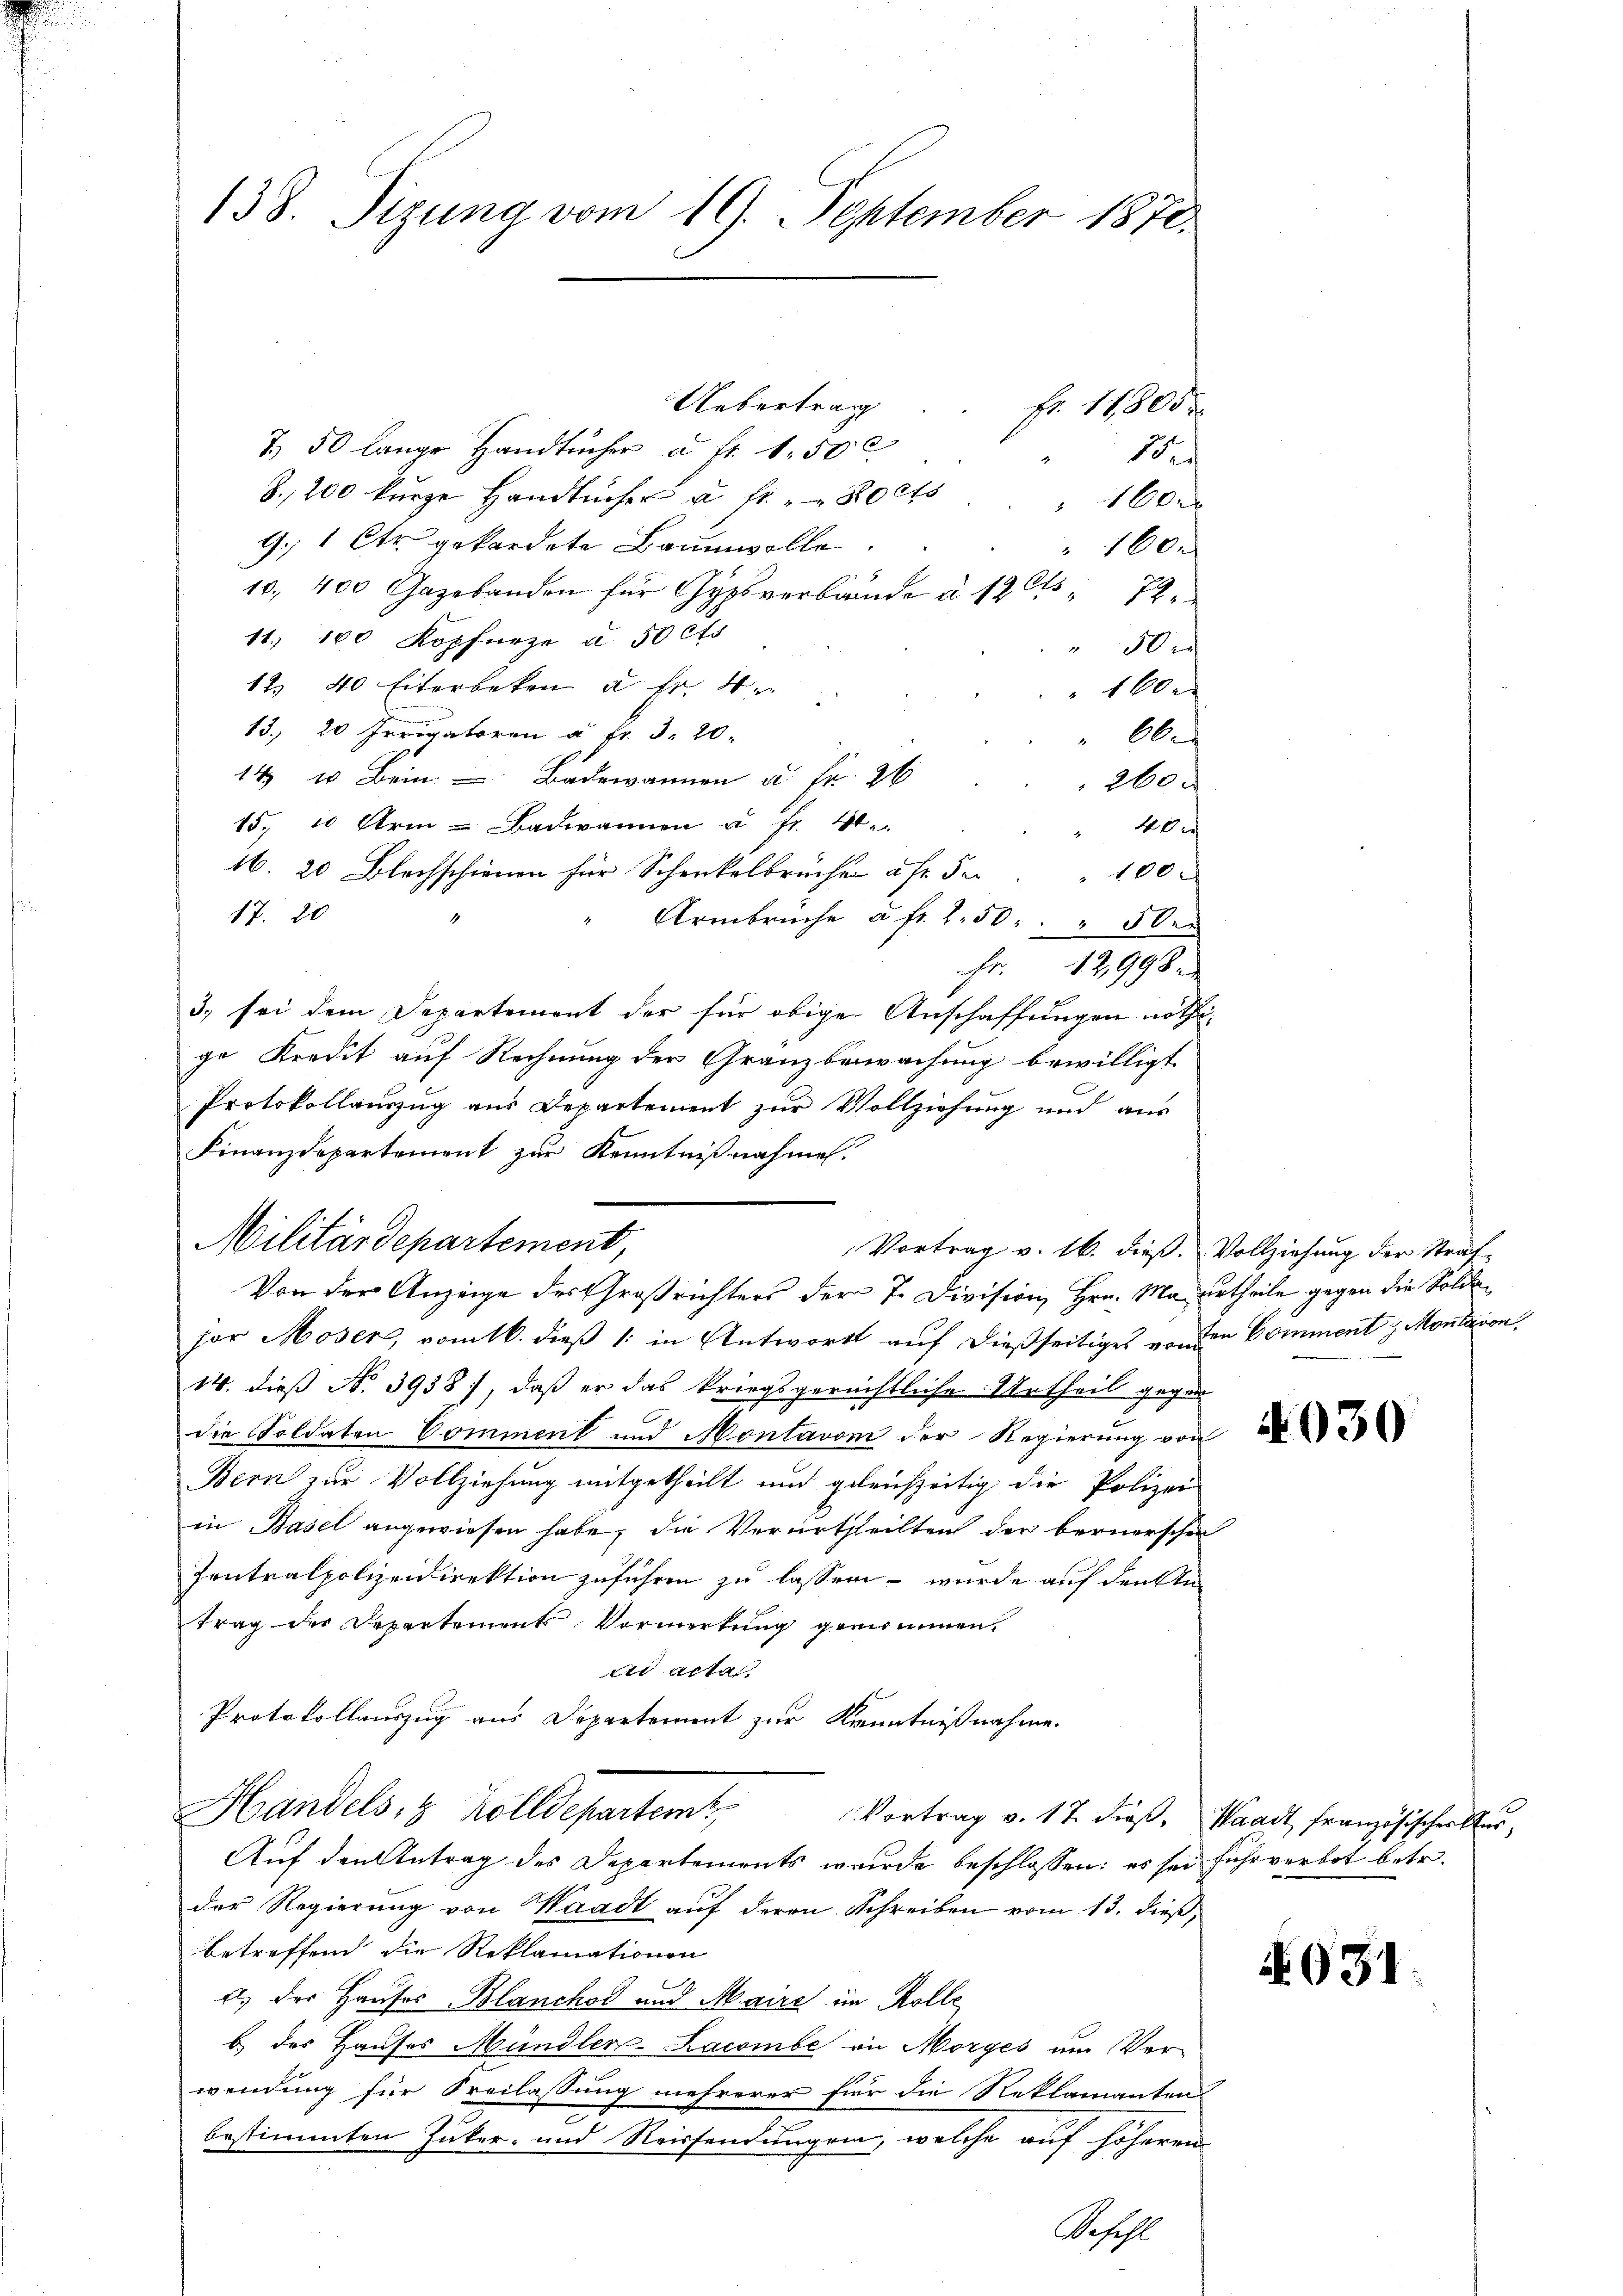
138. Sizung vom 19. September 1870.
Uebertrag
Fr. 11805.
T. 50 lange Handtücher u. fr. 1.50 c
13

Z.,200 kurze Handlicher u. fr. 80 cts
160x
9.  Ctr. gefordete Baumwolle.
160x
10. 400 Gazebanden für Gypsverbaude à 13 t 72
11. 100 Kopfürze à 50 cts
 50 x
12 40 Eiterbeken à Fr. 4
10
13. 20 Irrogatoren u. fr. 3. 20.
66.
14 u Bein Badewannen u. fr. 26
260 x
15. 10 Arm - Badeannen u. fr. 40.
40 x
16. 20 Blochschienen für Schenkelbrüche uf der
100.
17. 20
Armbrüche a fr. 2.50 " 50
Fr. 12998.
3. sei dem Departement der für obige Anschaffungen nöthige Kredit auf Rechnung der Gränzbeswachung bewilligt
Protokollauszug aus Departement zur Vollziehung und aus
Finanzdepartement zur Kenntnißnahmen.
sor Moser, vomtk. dieß 1: in Antwort auf dießseitiges von den Comment z. Montavon,
14. dieß No 3938), daß er das kriegsgerechtliche Urtheil gegen
die Soldaten Comment und Montavon der Regierŭng von
Bern zur Vollziehung mitgetheilt und geleichzeitig die Polizei
in Basel angewiesen habe, die Verurtheilten der bernerschen
Ientralpolizeidirektion zuführen zu lassen – wurde auf denkte
trag der Departements Vormerkung genommen.
ad acta.
Protokollauszug aus Departement zur Kenntnißnahme.
Handels- & Zolldepartemt,
Vortrag v. 17. dieß, Waadt Französischer kur
Auf den Antrag des Departements wurde beschlossen: es sei fuhr verbot betr.
der Regierung von Waadt auf deron Schreiben vom 13. dieß,
betreffend die Reklamationen
A. der Hauses Blanchod und Maire im Kolle
b) des Hauses Mündler-Lacombe in Morges um Ver-
wendung für Freilassung mehrerer für die Reklamanten
bestimmten Zuker- und Reissendungen, welche auf höheren

Militärdepartement,
Vortrag v. 16. dieß. Vollziehung der Straf-
Von der Anzeige des Großrichters der 7. Division, Hrn. Maurtheile gegen die Solit

Beschl

4031